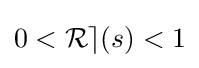
{\textstyle 0<\operatorname {\mathcal {Re}} (s)<1}